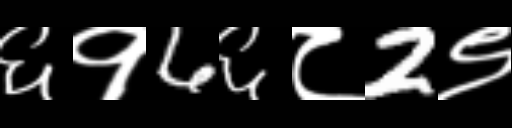
Text: ६१6६८2९